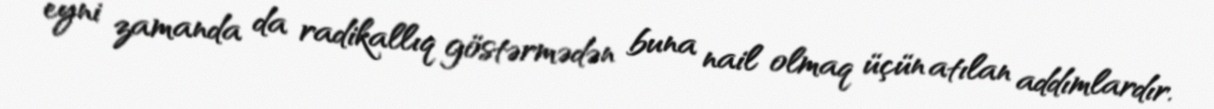
eyni zamanda da radikallıq göstərmədən buna nail olmaq üçün atılan addımlardır.